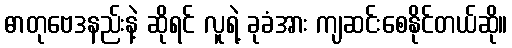
ဓာတုဗေဒနည်းနဲ့ ဆိုရင် လူရဲ့ ခုခံအား ကျဆင်းစေနိုင်တယ်ဆို။